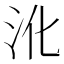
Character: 沎